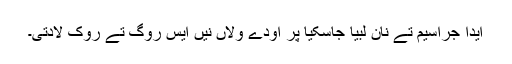
ایدا جراسیم تے نان لبیا جاسکیا پر اودے ولاں نیں ایس روگ تے روک لادتی۔